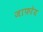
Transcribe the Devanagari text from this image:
जाफरेय